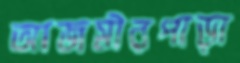
আজমীরপাড়া